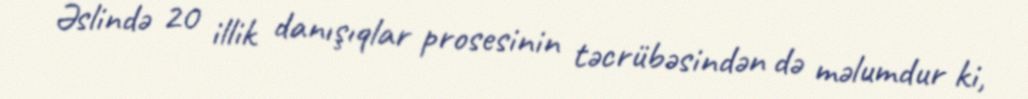
Əslində 20 illik danışıqlar prosesinin təcrübəsindən də məlumdur ki,